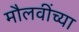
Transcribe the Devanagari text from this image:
मौलवींच्या